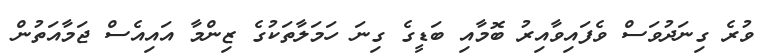
ވުރެ ގިނަދުވަސް ވެފައިވާއިރު ބޮމާއި ބަޑީގެ ގިނަ ހަމަލާތަކުގެ ޒިންމާ އައިއެސް ޖަމާއަތުން